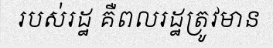
របស់រដ្ឋ គឺពលរដ្ឋត្រូវមាន